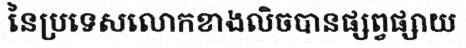
នៃប្រទេសលោកខាងលិចបានផ្សព្វផ្សាយ